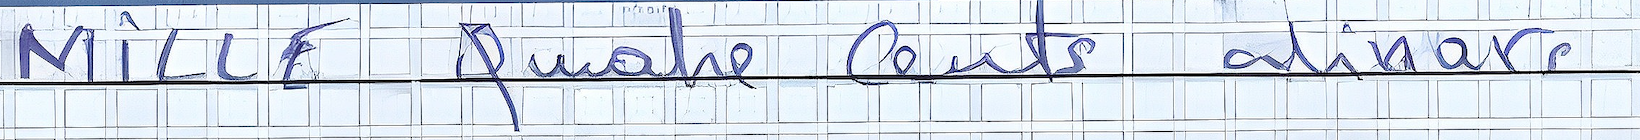
MILLE Quatre cents dinars